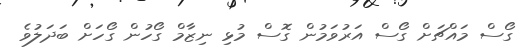
ގޯސް މައްޗަށް ގޯސް އަރުވަމުން ގޮސް މުޅި ނިޒާމް ގޯހުން ގޯހަށް ބަދަލުވެ